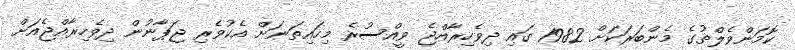
ކޮމަންވެލްތުގެ މެންބަރަކަށް 1982 ގައި ދިވެހިރާއްޖެ ވީއްސުރެ މިހައިތަނަށް އެކުވެރި ޖަޕާނުން ދިވެހިރާއްޖެއަށް